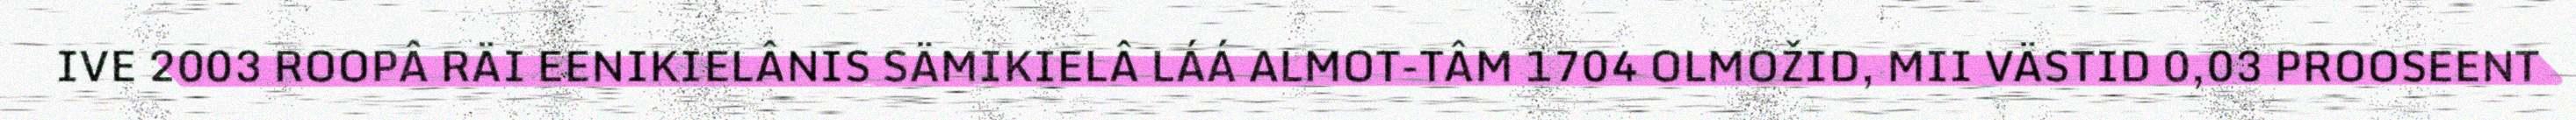
IVE 2003 ROOPÂ RÄI EENIKIELÂNIS SÄMIKIELÂ LÁÁ ALMOT-TÂM 1704 OLMOŽID, MII VÄSTID 0,03 PROOSEENT